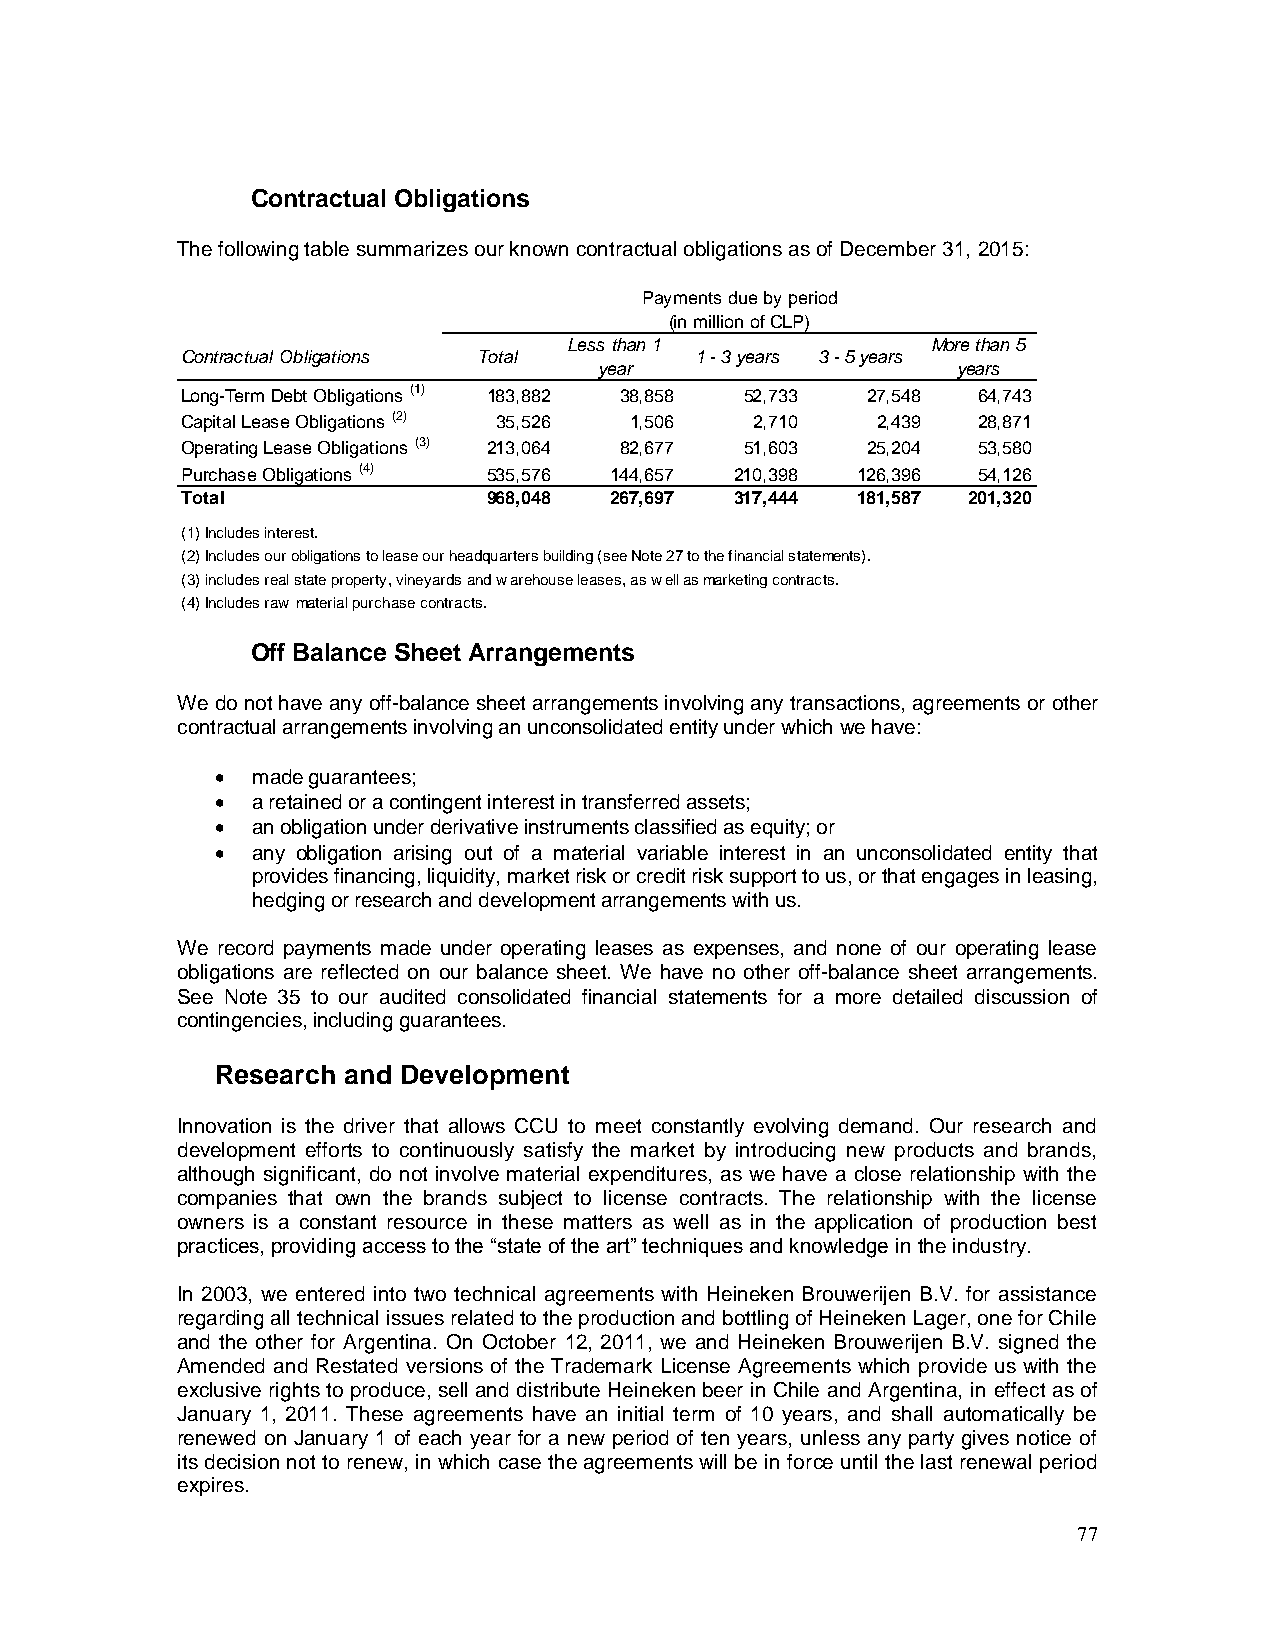
Contractual Obligations
 The following table summarizes our known contractual obligations as of December 31, 2015:
 Payments due by period
 (in million of CLP)
 Less than 1             More than 5
 Contractual Obligations Total     1 - 3 years 3 - 5 years
 year                   years
 Long-Term Debt Obligations (1) 183,882 38,858 52,733 27,548 64,743
 Capital Lease Obligations (2) 35,526 1,506 2,710 2,439 28,871
 Operating Lease Obligations (3) 213,064 82,677 51,603 25,204 53,580
 Purchase Obligations (4) 535,576 144,657 210,398 126,396 54,126
 Total               968,048 267,697  317,444 181,587 201,320
 (1) Includes interest.
 (2) Includes our obligations to lease our headquarters building (see Note 27 to the financial statements).
 (3) includes real state property, vineyards and warehouse leases, as well as marketing contracts.
 (4) Includes raw material purchase contracts.
 Off Balance Sheet Arrangements
 We do not have any off-balance sheet arrangements involving any transactions, agreements or other
 contractual arrangements involving an unconsolidated entity under which we have:
   made guarantees;
   a retained or a contingent interest in transferred assets;
   an obligation under derivative instruments classified as equity; or
   any obligation arising out of a material variable interest in an unconsolidated entity that
 provides financing, liquidity, market risk or credit risk support to us, or that engages in leasing,
 hedging or research and development arrangements with us.
 We record payments made under operating leases as expenses, and none of our operating lease
 obligations are reflected on our balance sheet. We have no other off-balance sheet arrangements.
 See Note 35 to our audited consolidated financial statements for a more detailed discussion of
 contingencies, including guarantees.
 Research and Development
 Innovation is the driver that allows CCU to meet constantly evolving demand. Our research and
 development efforts to continuously satisfy the market by introducing new products and brands,
 although significant, do not involve material expenditures, as we have a close relationship with the
 companies that own the brands subject to license contracts. The relationship with the license
 owners is a constant resource in these matters as well as in the application of production best
 practices, providing access to the “state of the art” techniques and knowledge in the industry.
 In 2003, we entered into two technical agreements with Heineken Brouwerijen B.V. for assistance
 regarding all technical issues related to the production and bottling of Heineken Lager, one for Chile
 and the other for Argentina. On October 12, 2011, we and Heineken Brouwerijen B.V. signed the
 Amended and Restated versions of the Trademark License Agreements which provide us with the
 exclusive rights to produce, sell and distribute Heineken beer in Chile and Argentina, in effect as of
 January 1, 2011. These agreements have an initial term of 10 years, and shall automatically be
 renewed on January 1 of each year for a new period of ten years, unless any party gives notice of
 its decision not to renew, in which case the agreements will be in force until the last renewal period
 expires.
 77